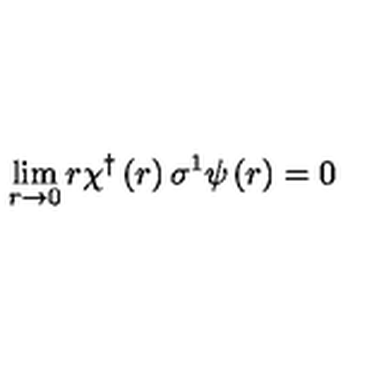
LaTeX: \lim _ { r \rightarrow 0 } r \chi ^ { \dagger } \left( r \right) \sigma ^ { 1 } \psi \left( r \right) = 0